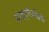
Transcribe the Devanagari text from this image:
हाइड्रैज़ोइक